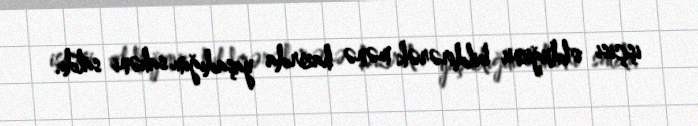
işçisi olduğunu bildirərək mənə hazırda yaşadığım sahəni satdı.